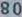
8080